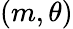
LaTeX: (m,\theta)